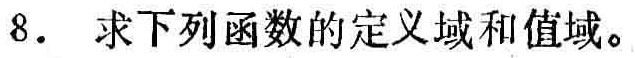
8. 求下列函数的定义域和值域。